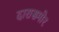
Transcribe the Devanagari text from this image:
दारासमोर